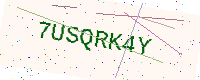
Text: 7USQRK4Y